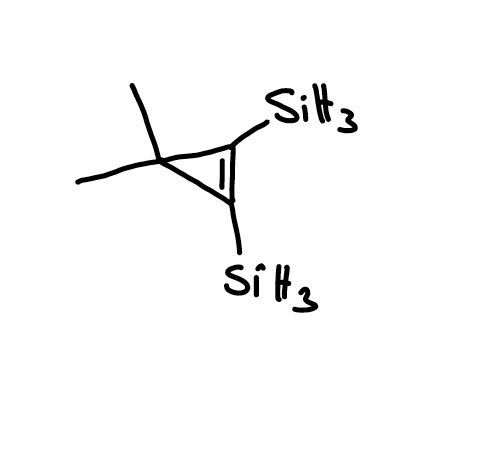
Simplified molecular-input line-entry system (SMILES) notation of the given molecule:
CC1(C(=C1[SiH3])[SiH3])C